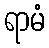
ရာမံ